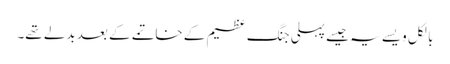
بالکل ویسے یہ جیسے پہلی جنگ عظیم کے خاتمے کے بعد بدلے تھے۔